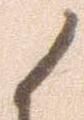
候